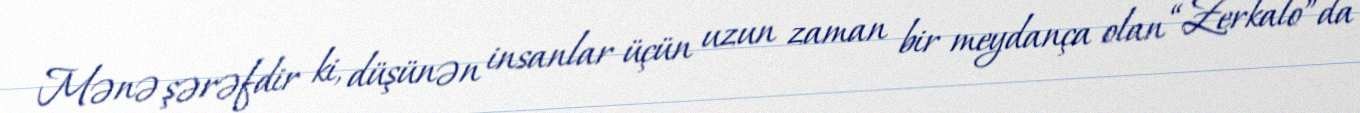
Mənə şərəfdir ki, düşünən insanlar üçün uzun zaman bir meydança olan “Zerkalo”da